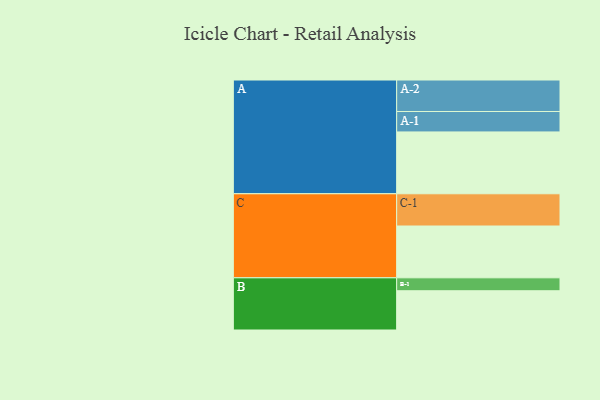
{"axis": {"x": "Segment", "y": "Value"}, "legend": ["", "A", "B", "C"], "data": [{"x": "A", "y": 493, "type": ""}, {"x": "B", "y": 313, "type": ""}, {"x": "C", "y": 413, "type": ""}, {"x": "A-1", "y": 163, "type": "A"}, {"x": "A-2", "y": 251, "type": "A"}, {"x": "B-1", "y": 103, "type": "B"}, {"x": "C-1", "y": 257, "type": "C"}]}